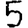
Digit: 5